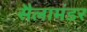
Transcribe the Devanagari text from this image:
सैलामंडर